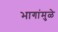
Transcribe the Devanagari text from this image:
भागांमुळे